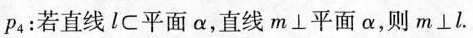
p4：若直线 l \subset 平面 α，直线m \bot 平面 α，则m \bot l.